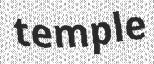
temple